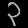
Digit: ၃